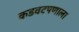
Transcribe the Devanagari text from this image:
कडवटपणाला